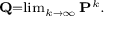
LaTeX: \scriptstyle \mathbf { Q } = \operatorname* { l i m } _ { k \to \infty } \mathbf { P } ^ { k } .